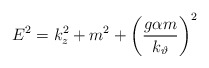
\begin{align*}E^2=k_z^2+m^2+\left( \frac{g\alpha m}{k_\vartheta }\right) ^2\end{align*}